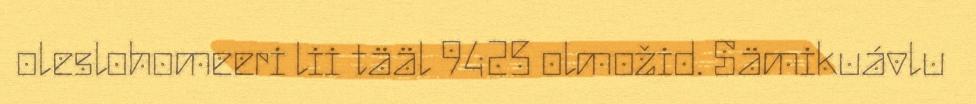
oleslohomeeri lii tääl 9425 olmožid. Sämikuávlu